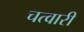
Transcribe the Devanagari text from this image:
चत्वारी